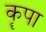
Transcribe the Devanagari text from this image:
कॄपा